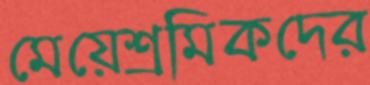
মেয়েশ্রমিকদের